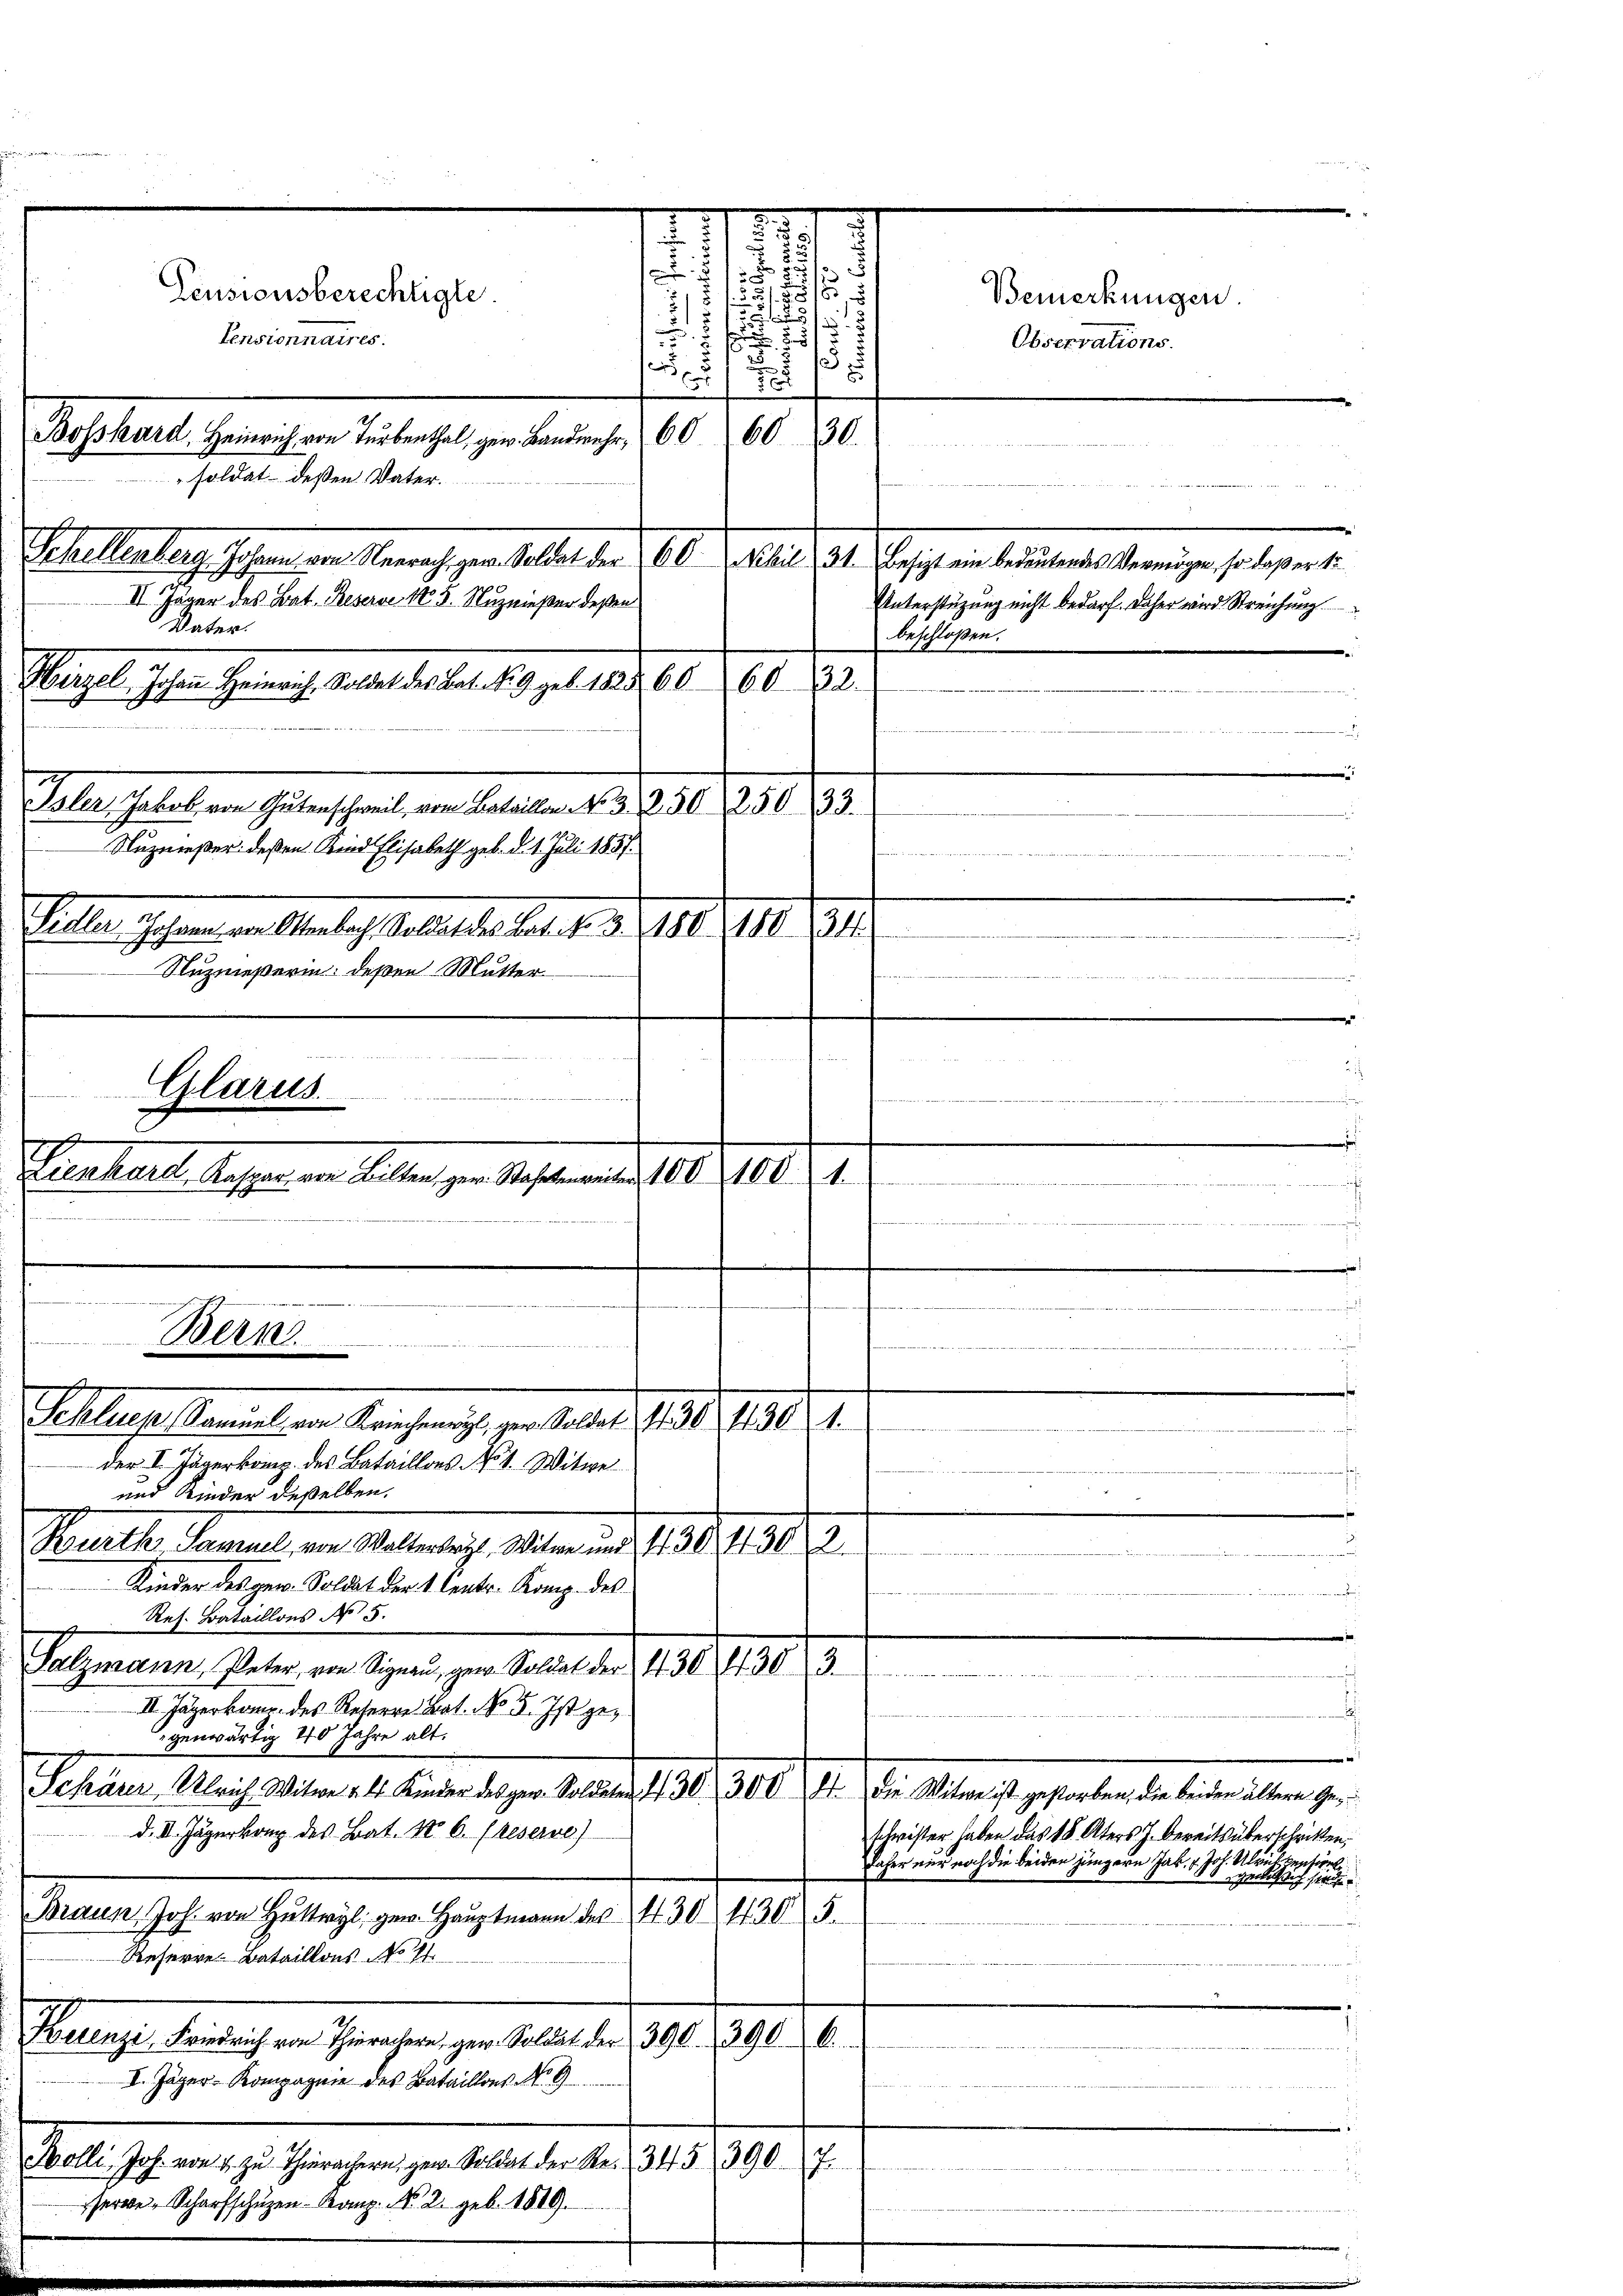
daher
Glarus

2
Bemerkungen.

s
52
Pensionsberechtigte.
e
Pensionnaires.
Observations.

d
60
6030.
Bestierte Gerechen Betrages geben gesoldat deßen Vater.
Echallelen Jahren in Vernach gen selben der 180. Januar 181. Beschen beidentes verweigen gelegen die
7
II Jäger des Bat. Reserve No. 5. Nuznießer deßen
Unterstüzung nicht bedarf. Daher wird Streichung
Vater.
beschloßen:
Hirzel Johann Heinrich, Soldet des Bat. Nr. 9 geb. 1828. 6060. 32.

Galer Gebeten Gedenschaft dem Faller 185. 230. 831. 85.
Nuzmeßer deßen Kind Elisabeth geb. d. 1. Juli 1857.
n
e
Ichon an Male Reale der B. d. d. 151. 141. 191
n
Nuznießerin deßen Mutter
dee eine
e
e
Lienkard, Kaspar von Bilten, ger. Staatenweiter 1001001.
n

e
Bern

Sellers Kanalen Kaisen, ventale, 151. 191. 1.
der V. Jägerkomp. des Bataillons No 1. Witwe
und Kinder deßelben.
Burth Samuel, von Walterberg, Witwe und 430, 430 2
daene
Kinder des gen. Soldat der 1. Centr. Komp. des
Res. Bataillons No 15.
Salzmann, Peter von Signau, gew. Soldol der 430 (1303

II. Jägerkome des Reserre Bat. No 5. Ist ge¬
.
genwärtig 40 Jahre alt.
Schaus, Ulrich Witwe v. 4. Kinder des gern. Soldaten d. 30. 300 Fr. die Witwe ist gestorben, der beiden ältern Ged. II. Jägerkong des Bat. Nr. 6. Freserve)
schwister haben das 18. Aters J. bereits überschritten,
daher nur noch die beiden jüngere Jak. v. Joh. Ulrich pension
gendet sich sie
Braun Joh. von Hutry, gew. Hauptmann der 430
4305.
Reserre. Bataillons No 11.
Manege deutlichen Grafe zur Regel u. 390. 1910.
I. Jäger- Kompagnie des Bataillons No. 9
Sele Jahren u. Genehmen zu habe der a. a. 1789. 9.
.
ere Scharfschüzen Kanz. No. 2. geb. 1819.

u
8
.